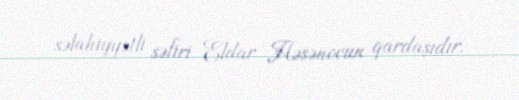
səlahiyyətli səfiri Eldar Həsənovun qardaşıdır.